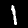
Digit: 1